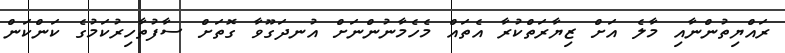
ރައްޔިތުންނާއި މާލެ އަށް ޒިޔާރަތްކުރާ އެތައް މެހެމާނުންނަށް އުނދަގޫވާ ގޮތަށް ސާފުތާހިރުކަމުގެ ކަންކަން